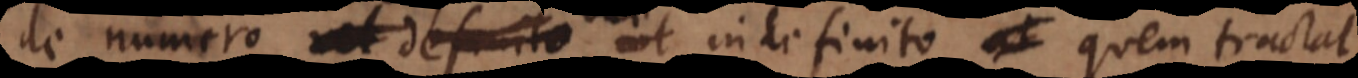
de numero vel definito vel indefinito quem tractat